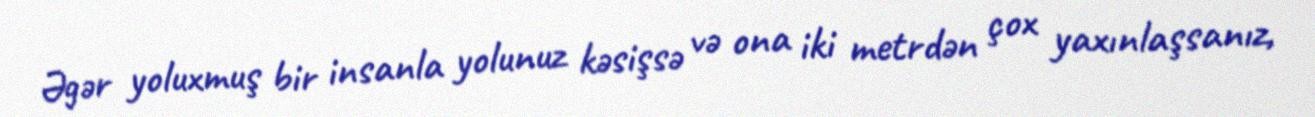
Əgər yoluxmuş bir insanla yolunuz kəsişsə və ona iki metrdən çox yaxınlaşsanız,